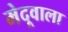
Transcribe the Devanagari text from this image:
मेदूवाला